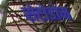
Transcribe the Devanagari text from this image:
रोटोडोम